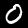
Digit: 0